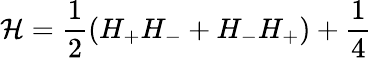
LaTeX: {\cal H}=\frac{1}{2}(H_{+}H_{-}+H_{-}H_{+})+\frac{1}{4}